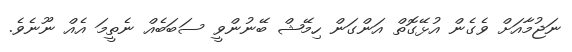
ނަޖުމާއަށް ވެގެން އުޅޭގޮތް އަންގަން ހިމޭޝް ބޭނުންވީ ސަބަބެއް ނެތީމަ އެއް ނޫނެވެ.